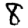
Digit: 8